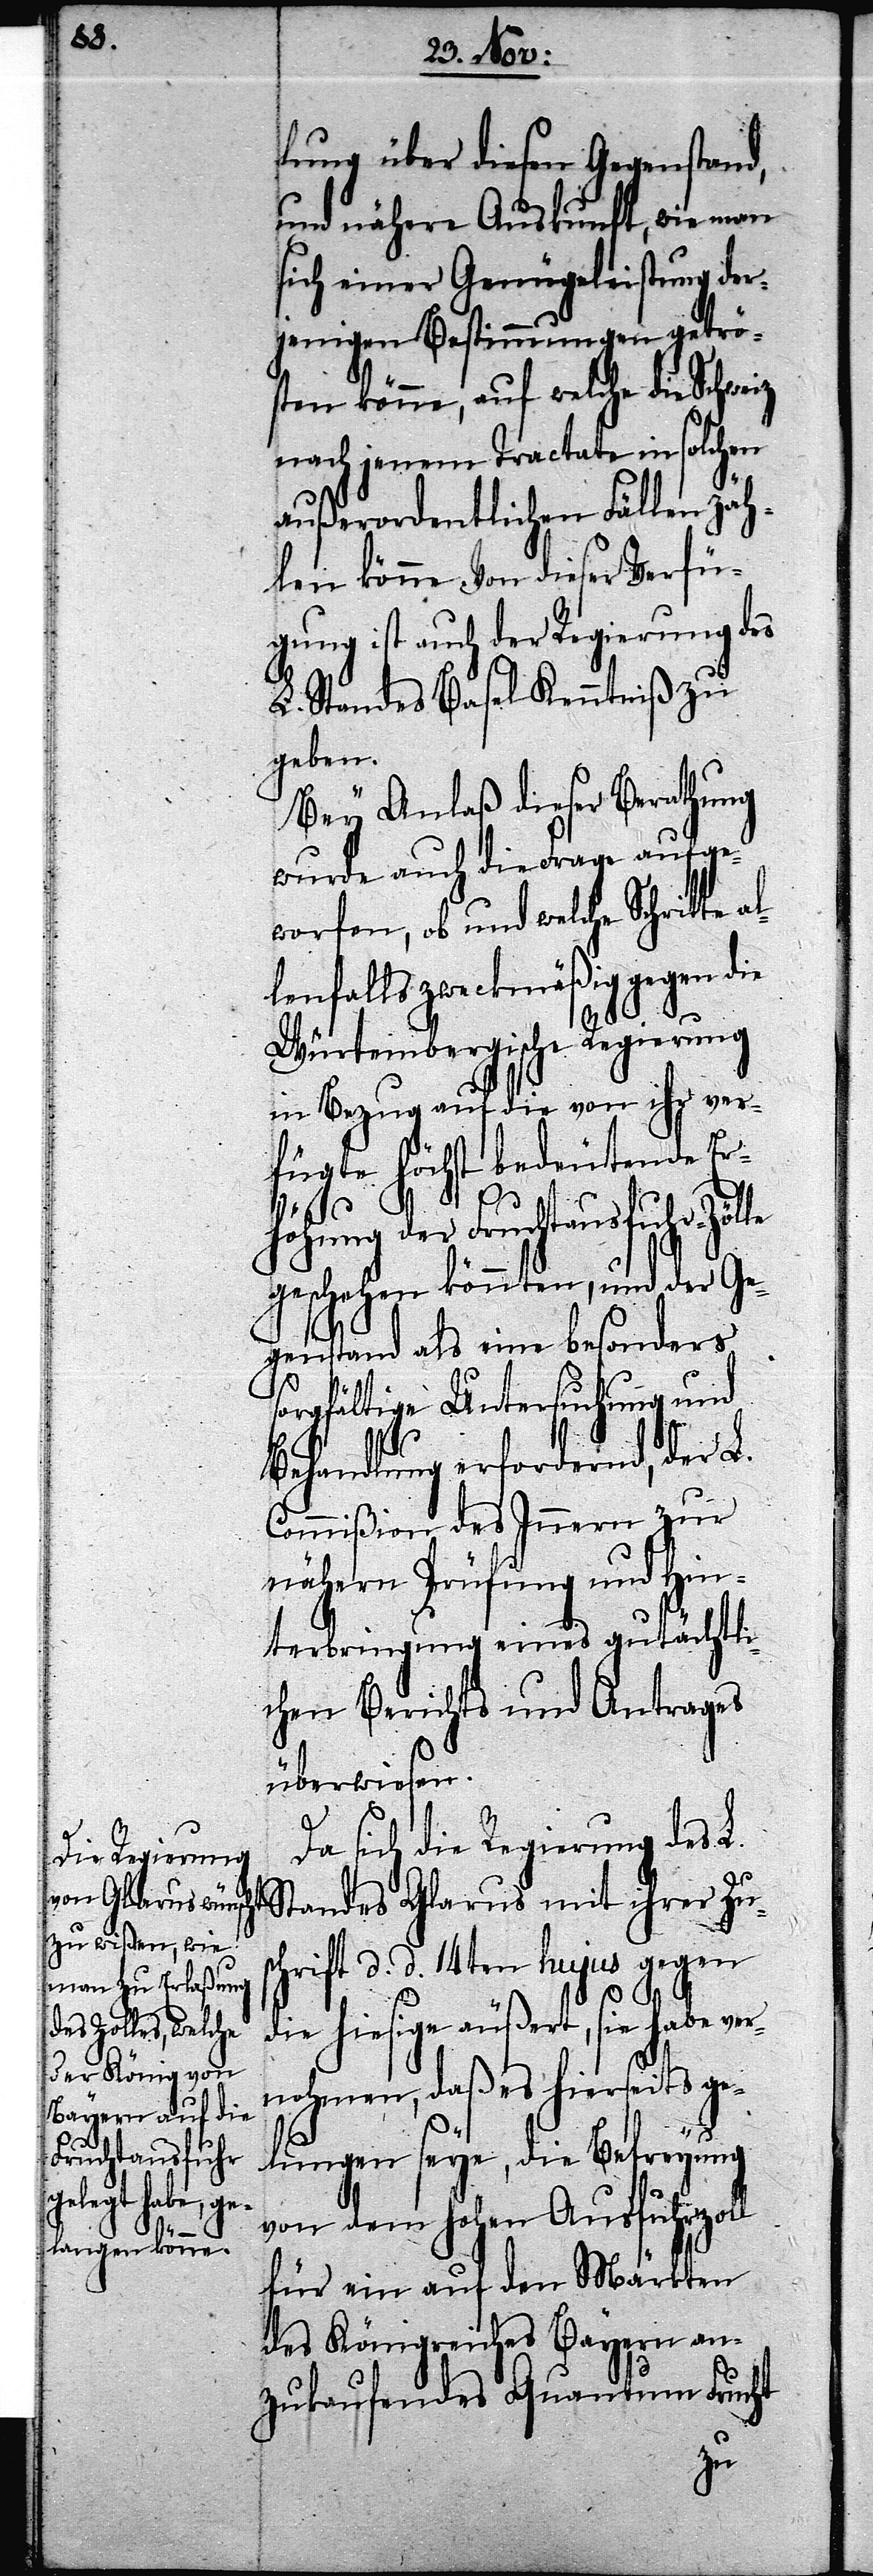
lung über diesen Gegenstand,
und nähere Auskunft, wie man
sich einer Genügeleistung der¬
jenigen Bestimmungen getrö¬
sten könne, auf welche die Schweiz
nach jenem Tractate in solchen
außerordentlichen Fällen zäh¬
len könne. Von dieser Verfü¬
gung ist auch der Regierung des
L. Standes Basel Kenntniß zu
geben.
Bey Anlaß dieser Berathung
wurde auch die Frage aufge¬
worfen, ob und welche Schritte
lenfalls zweckmäßig gegen die
Würtembergische Regierung
in Bezug auf die von ihr ver¬
fügte höchst bedeutende Er¬
höhung der Fruchtausfuhr-Zölle
geschehen könnten, und der Ge¬
genstand als eine besonders
orgfältige Untersuchung und
s¬
Behandlung erfordernd, der L.
Commißion des Innern zur
nähern Prüfung und Hin¬
terbringung eines gutächtli¬
chen Berichts und Antrages
überwiesen.
Da sich die Regierung des L.
Standes Glarus mit ihrer Zus¬
chrift d. d. 14ten hujus gegen
die hiesige äußert, sie habe ver¬
nohmen, daß es hierseits ge¬
lungen seye, die Befreyung
von dem Hohen Ausfuhrzoll
für ein auf den Märkten
des Königreiches Bayern an¬
zukaufendes Quantum Frucht